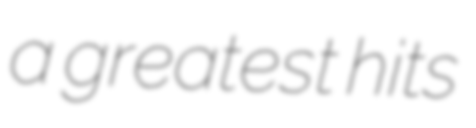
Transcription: a greatest hits